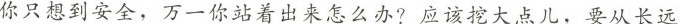
你只想到安全，万一你站着出来怎么办?应该挖大点儿，要从长远